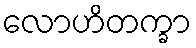
လောဟိတက္ခာ